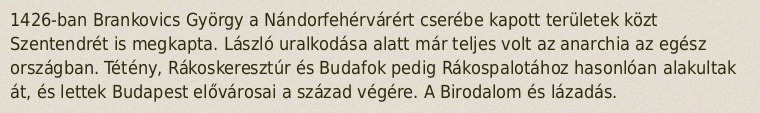
1426-ban Brankovics György a Nándorfehérvárért cserébe kapott területek közt Szentendrét is megkapta. László uralkodása alatt már teljes volt az anarchia az egész országban. Tétény, Rákoskeresztúr és Budafok pedig Rákospalotához hasonlóan alakultak át, és lettek Budapest elővárosai a század végére. A Birodalom és lázadás.